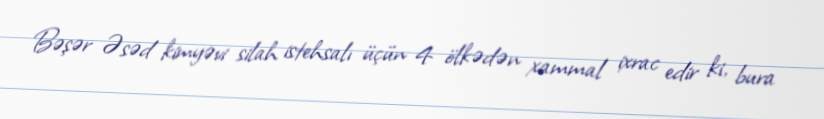
Bəşər Əsəd kimyəvi silah istehsalı üçün 4 ölkədən xammal ixrac edir ki, bura